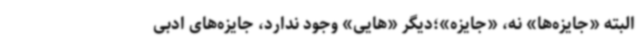
البته «جایزه‌ها» نه، «جایزه»؛دیگر «هایی» وجود ندارد، جایزه‌های ادبی